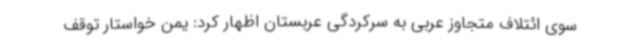
سوی ائتلاف متجاوز عربی به سرکردگی عربستان اظهار کرد: یمن خواستار توقف